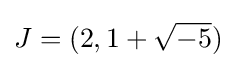
J=(2,1+{\sqrt {-5}})